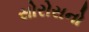
સોરોસનો